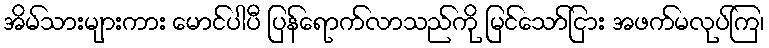
အိမ်သားများကား မောင်ပါပီ ပြန်ရောက်လာသည်ကို မြင်သော်ငြား အဖက်မလုပ်ကြ၊